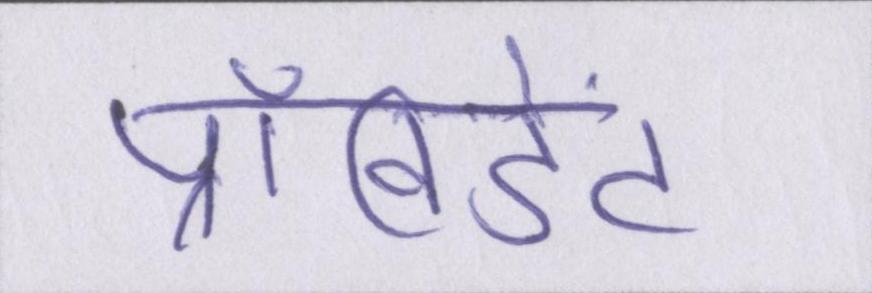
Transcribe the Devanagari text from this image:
प्रॉविडेंट